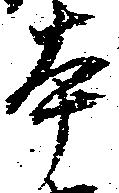
本